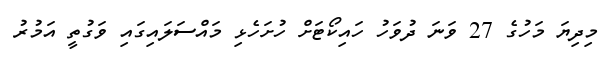
މިދިޔަ މަހުގެ 27 ވަނަ ދުވަހު ހައިކޯޓަށް ހުށަހެޅި މައްސަލައިގައި ވަގުތީ އަމުރު